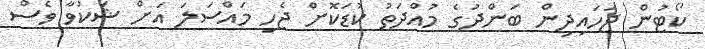
ކޯޓުން ޖަހައިދިން ބަންދުގެ މުއްދަތު ކުޑަކޮށް ޖެހި މައްސަލަ އަށް ޝަކުވާ ވެސް